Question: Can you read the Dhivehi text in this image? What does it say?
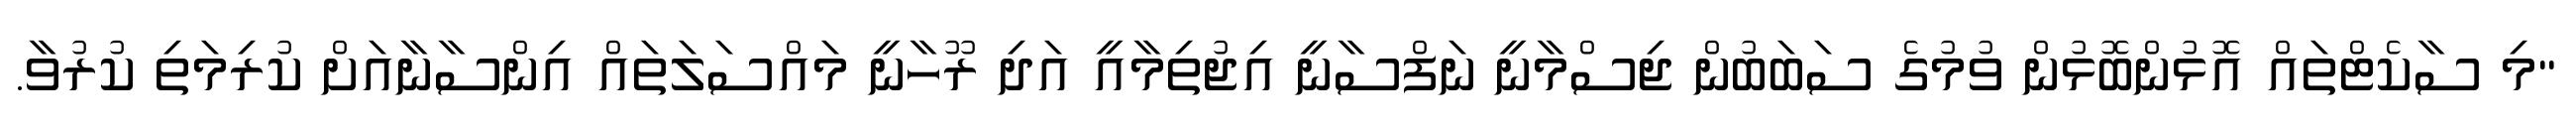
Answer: "މި ސާކެޓްތައް އޮޅުންބޮޅުން ވުމުގެ ސަބަބުން ޖިސްމާނީ ނަފްސާނީ އިޖުތިމާއީ އަދި ރޫހާނީ މައްސަލަތައް އިންސާނާއަށް ކުރިމަތި ކުރުވާ.